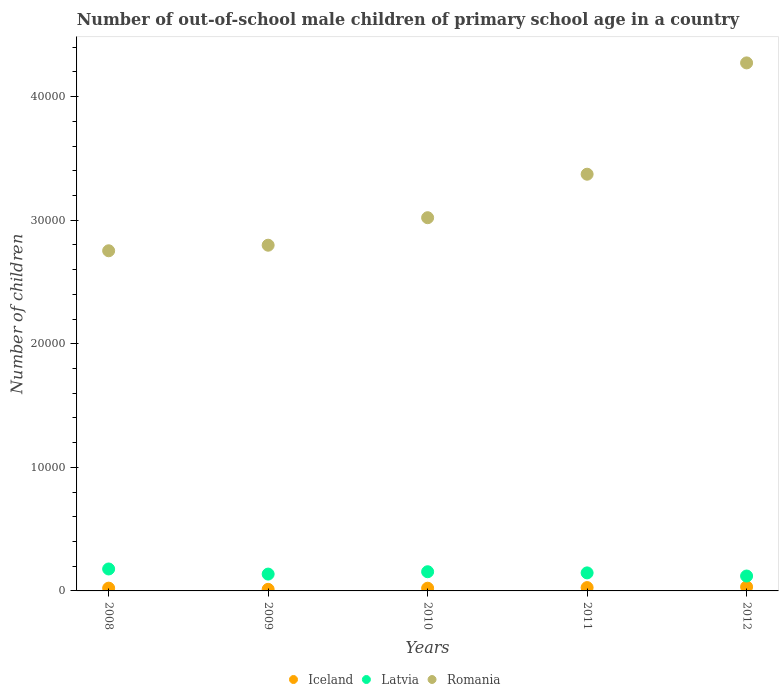
| Years | Iceland | Latvia | Romania |
 | --- | --- | --- | --- |
 | 2008 | 225 | 1.78e+03 | 2.75e+04 |
 | 2009 | 129 | 1.36e+03 | 2.8e+04 |
 | 2010 | 219 | 1.55e+03 | 3.02e+04 |
 | 2011 | 270 | 1.46e+03 | 3.37e+04 |
 | 2012 | 327 | 1.21e+03 | 4.27e+04 |